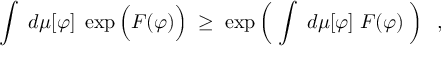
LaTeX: \int \; d \mu [ \varphi ] \; \exp \Big ( F ( \varphi ) \Big ) \; \geq \; \exp \left( \; \int \; d \mu [ \varphi ] \; F ( \varphi ) \; \right) \; \; ,